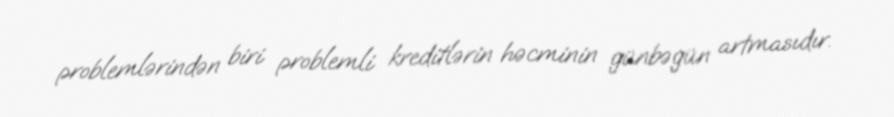
problemlərindən biri problemli kreditlərin həcminin günbəgün artmasıdır.